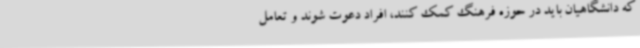
که دانشگاهیان باید در حوزه فرهنگ کمک کنند، افراد دعوت شوند و تعامل